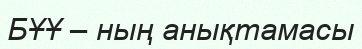
БҰҰ – ның анықтамасы